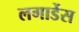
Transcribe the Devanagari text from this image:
लगार्डेस